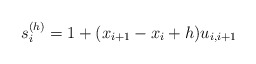
\begin{gather*}s_i^{( h)}=1+(x_{i+1}-x_i + h) u_{i,i+1}\end{gather*}